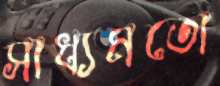
সাধ্যমতো